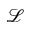
\mathscr { L }